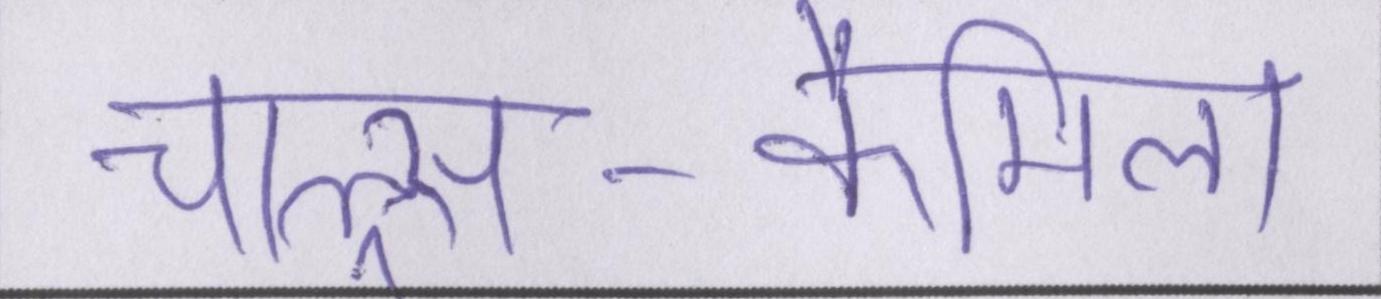
चाल्र्स-कैमिला